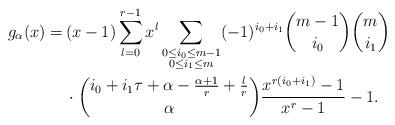
LaTeX: \begin{align*}g_\alpha(x)=\,&(x-1)\sum_{l=0}^{r-1}x^l\sum_{\substack{0\le i_0\le m-1\cr 0\le i_1\le m}}(-1)^{i_0+i_1}\binom{m-1}{i_0}\binom m{i_1}\cr&\cdot\binom{i_0+i_1\tau+\alpha-\frac{\alpha+1}r+\frac lr}\alpha\frac{x^{r(i_0+i_1)}-1}{x^r-1}-1.\end{align*}